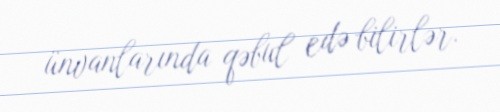
ünvanlarında qəbul edə bilirlər.